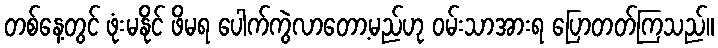
တစ်နေ့တွင် ဖုံးမနိုင် ဖိမရ ပေါက်ကွဲလာတော့မည်ဟု ဝမ်းသာအားရ ပြောတတ်ကြသည်။